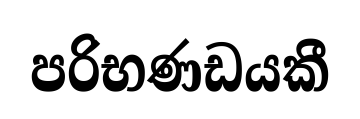
පරිභණඩයකී